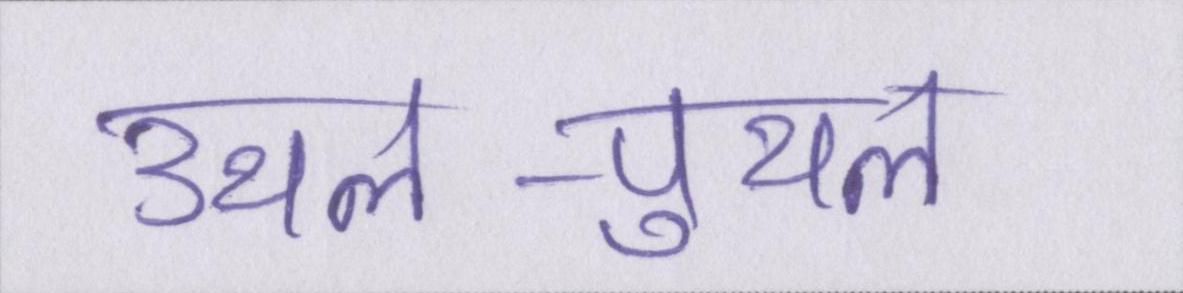
उथल-पुथल